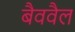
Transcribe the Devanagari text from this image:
बैववैल